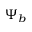
\Psi _ { b }